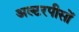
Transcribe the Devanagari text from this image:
अल्टरपीसों